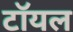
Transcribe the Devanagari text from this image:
टॉयल